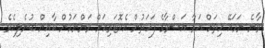
ވާނެ ނަމައޭ ހިތަށް އަރާ އަޝްވާގެ ފަހަތުން އެކޮޓަރިއަށް ވަންނަމުން ކާއިން ބުނެލިއެވެ.